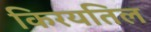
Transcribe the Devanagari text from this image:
किरयतिल